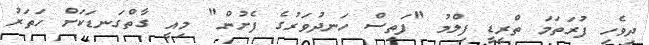
ދިވެހި ފުރަތަމަ ތްރީޑީ ފިލްމު "ފަތިސް ހަނދުވަރުގެ ފެށުން" މިއީ ގާތްގަނޑަކަށް ހަތަރު